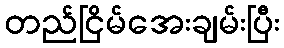
တည်ငြိမ်အေးချမ်းပြီး